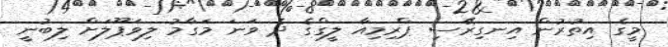
މީގެ އިތުރުން އިނގިރޭސި ޕްރިމިއާ ލީގްގެ ދެ ވަނަ މަގާމު ލިވަޕޫލަށް ލިބުނީ